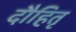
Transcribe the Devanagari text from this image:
दौहितृ